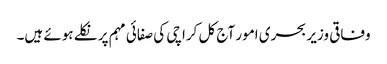
وفاقی وزیر بحری امور آج کل کراچی کی صفائی مہم پر نکلے ہوئے ہیں۔